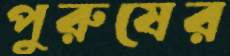
পুরুষের